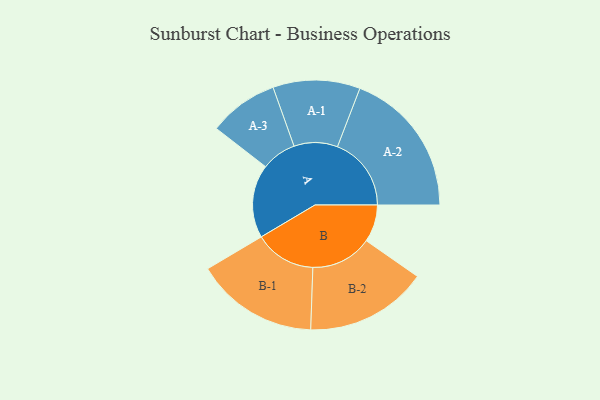
{"axis": {"x": "Segment", "y": "Value"}, "legend": ["", "A", "B"], "data": [{"x": "A", "y": 271, "type": ""}, {"x": "B", "y": 138, "type": ""}, {"x": "A-1", "y": 161, "type": "A"}, {"x": "A-2", "y": 273, "type": "A"}, {"x": "A-3", "y": 129, "type": "A"}, {"x": "B-1", "y": 227, "type": "B"}, {"x": "B-2", "y": 226, "type": "B"}]}